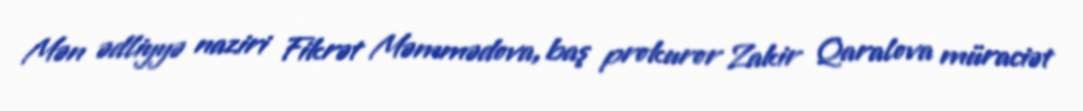
Mən ədliyyə naziri Fikrət Məmmədova, baş prokuror Zakir Qaralova müraciət